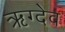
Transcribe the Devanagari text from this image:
ऋग्देव